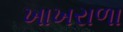
ખાખરાળા